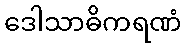
ဒေါသာဓိကရဏံ